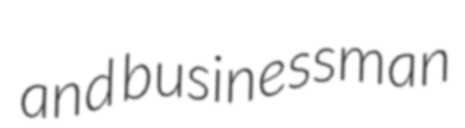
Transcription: and businessman